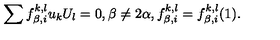
\sum f _ { \beta , i } ^ { k , l } u _ { k } U _ { l } = 0 , \beta \not = 2 \alpha , f _ { \beta , i } ^ { k , l } = f _ { \beta , i } ^ { k , l } ( 1 ) .